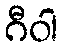
ဂီဝါ